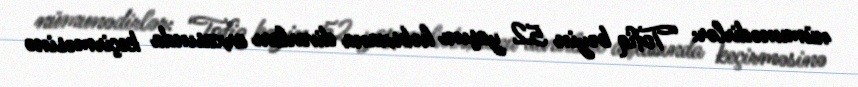
nümunədirlər: “Tofiq bəyin 52 yaşını həbsxana divarları arxasında keçirməsinə